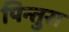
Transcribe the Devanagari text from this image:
पिन्तुरा